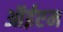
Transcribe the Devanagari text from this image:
ऑईएम